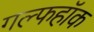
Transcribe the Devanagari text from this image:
गल्फहॉक